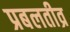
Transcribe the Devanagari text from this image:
प्रबलतीव्र